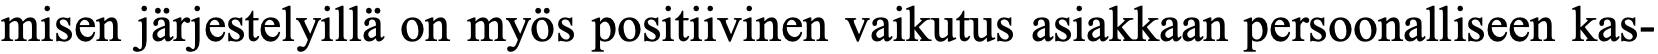
misen järjestelyillä on myös positiivinen vaikutus asiakkaan persoonalliseen kas-